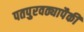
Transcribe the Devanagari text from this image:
पतपुरवठ्यापैकी